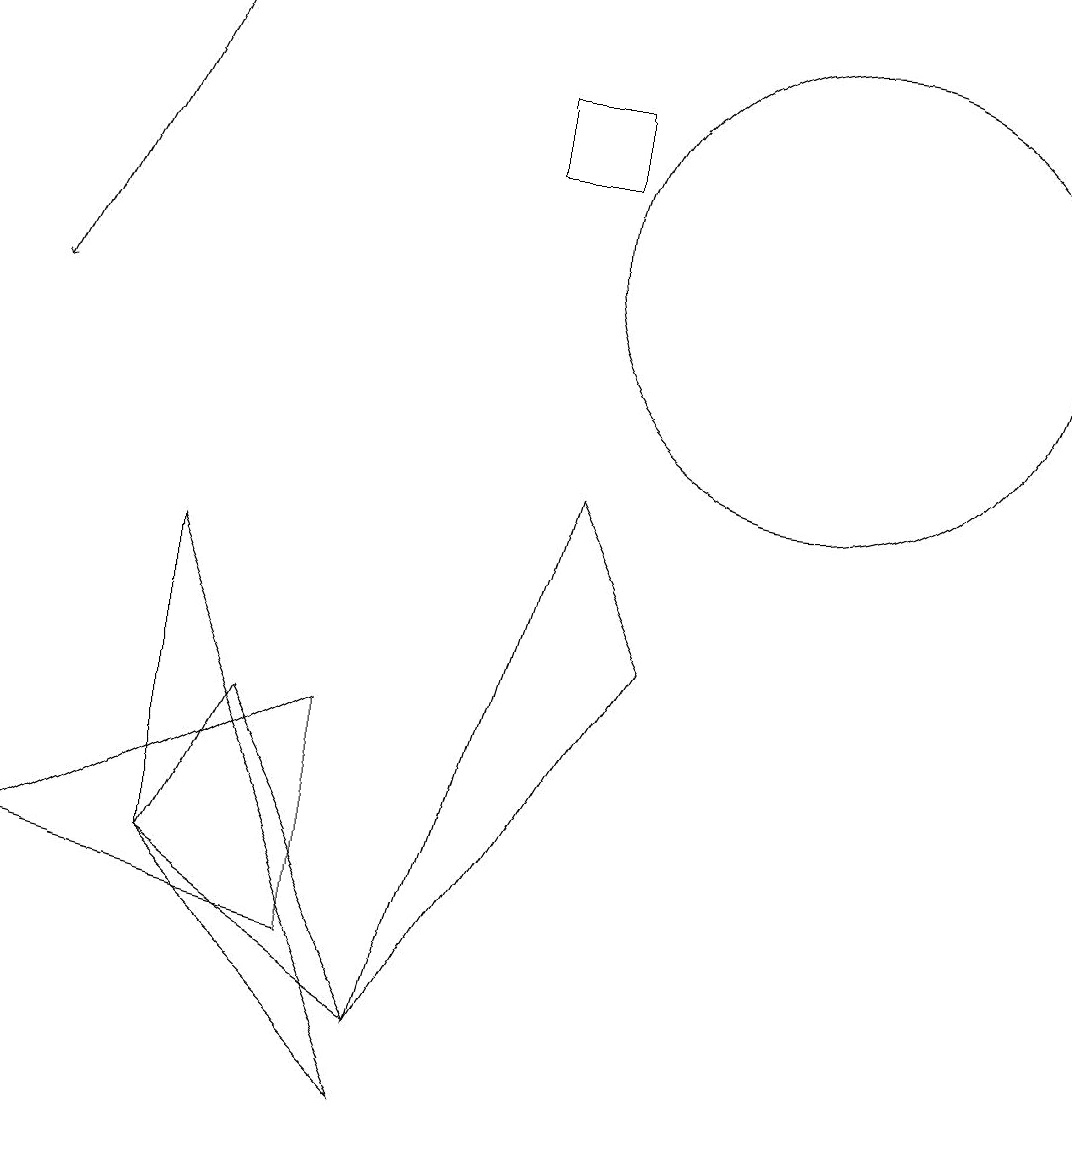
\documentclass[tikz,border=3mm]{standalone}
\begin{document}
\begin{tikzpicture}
\draw (7,12) rectangle (6,13);
\draw (4,5) -- (0,3) -- (4,2) -- cycle;
\draw (5,1) -- (3,5) -- (2,3) -- cycle;
\draw[->] (2,14) -- (0,10);
\draw (10,11) circle (3);
\draw (5,0) -- (2,7) -- (2,3) -- cycle;
\draw (5,1) -- (8,6) -- (7,8) -- cycle;
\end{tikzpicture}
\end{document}